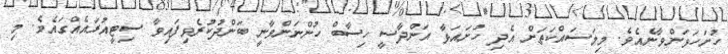
ހުށަހަޅަންވާނެއެވެ. މިމަސައްކަތަށް އެދި ހުށައަޅާ އަންދާސީ ހިސާބް ހުންނަންވާނީ ބަންދުކުރެވިފައިވާ ސިޓީއުރައެއްގައެވެ. މި